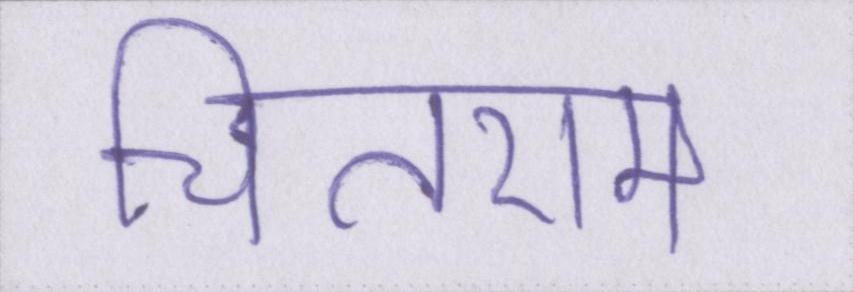
चितराम